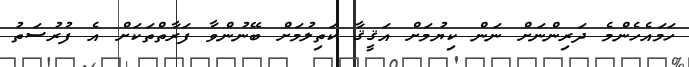
ހަމައެހެންމެ ދަރިންނަށް ނަން ކިޔުމަށް އަޤީޤާ ކަތިލުމަށް ބޭނުންވާ ފަރާތްތަކަށް އެ ފުރުސަތު